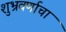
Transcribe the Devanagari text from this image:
शुभ्रवर्णाचा